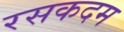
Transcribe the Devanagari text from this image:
रसकदम